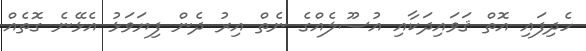
ހެދިފައި އޮތް ޤަވައިދަކާއި އުސޫލެއްގެ ނެތް އިރު ދެން ފިޔަވަޅު އެޅޭނެ ގޮތެއް